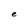
Character: e